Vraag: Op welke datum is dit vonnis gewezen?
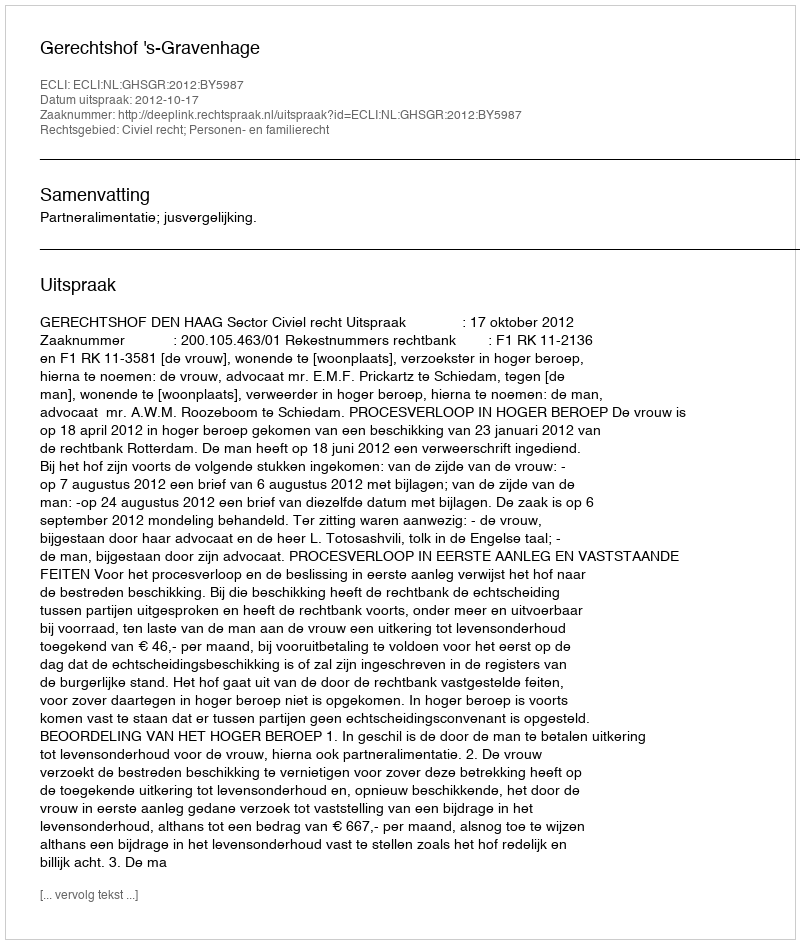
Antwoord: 2012-10-17